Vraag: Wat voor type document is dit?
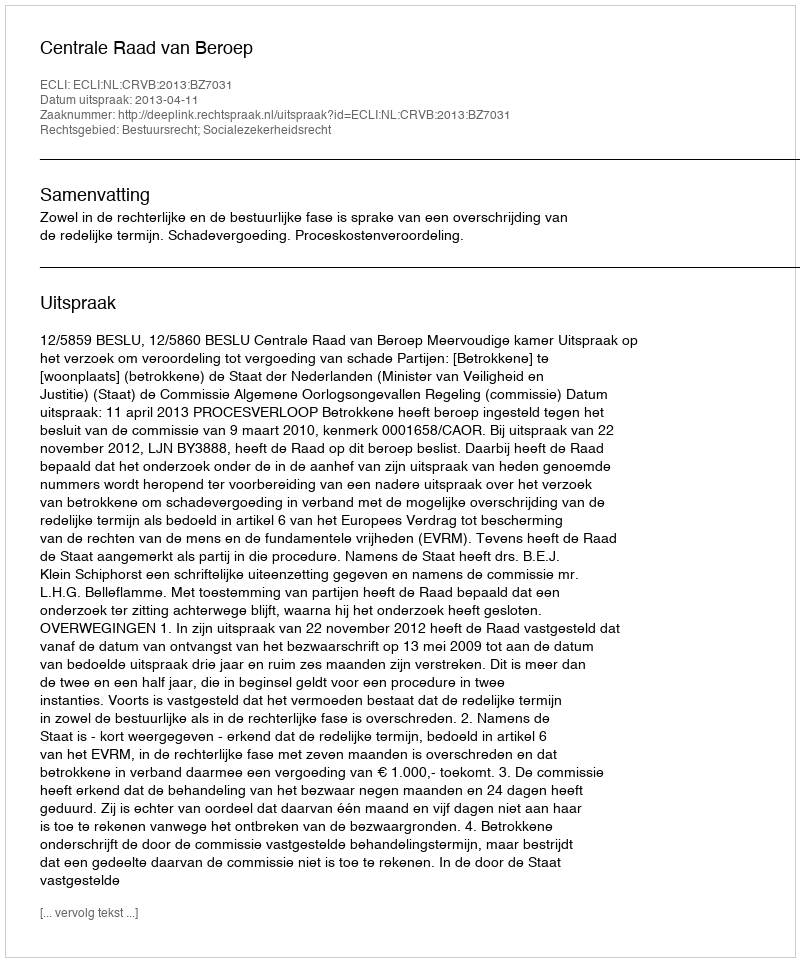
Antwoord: Uitspraak